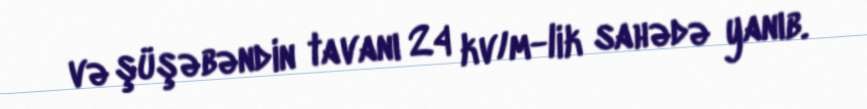
və şüşəbəndin tavanı 24 kv/m-lik sahədə yanıb.